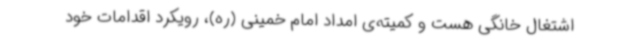
اشتغال خانگی هست و کمیته‌ی امداد امام خمینی (ره)، رویکرد اقدامات خود